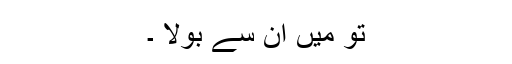
تو میں ان سے بولا ۔